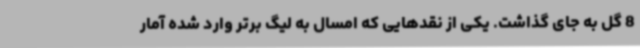
8 گل به جای گذاشت. یکی از نقدهایی که امسال به لیگ‌ برتر وارد شده آمار